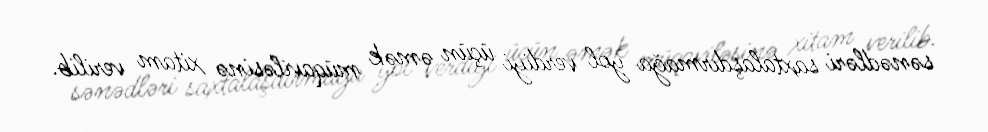
sənədləri saxtalaşdırmağa yol verdiyi üçün əmək müqaviləsinə xitam verilib.